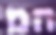
המ